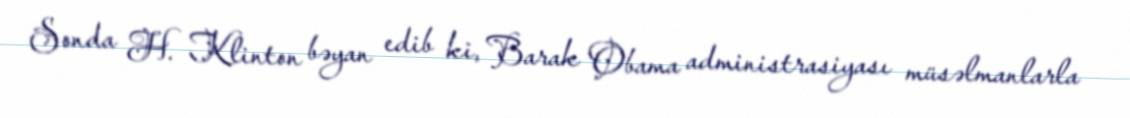
Sonda H. Klinton bəyan edib ki, Barak Obama administrasiyası müsəlmanlarla